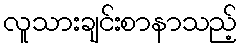
လူသားချင်းစာနာသည့်